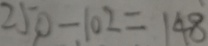
2 5 0 - 1 0 2 = 1 4 8